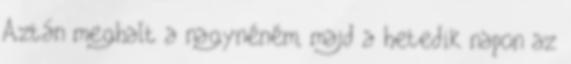
Aztán meghalt a nagynéném, majd a hetedik napon az